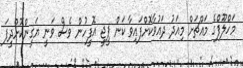
މަހްލޫފްގެ މައްޗަށް މިއަދު ދައުވާކޮށްފައިވާ ކަން ޕީޖީ އޮފީހުން ވެސް ވަނީ ޔަގީންކޮށްދީފަ